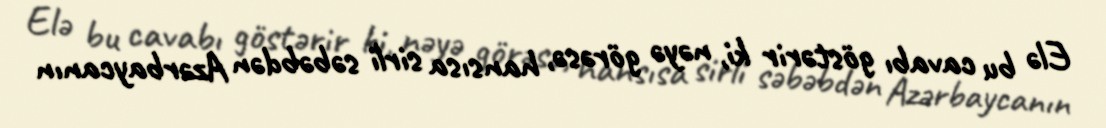
Elə bu cavabı göstərir ki, nəyə görəsə, hansısa sirli səbəbdən Azərbaycanın